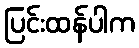
ပြင်းထန်ပါက